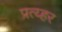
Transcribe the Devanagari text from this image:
प्रत्य्हर